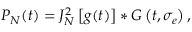
P _ { N } ( t ) = J _ { N } ^ { 2 } \left[ g ( t ) \right] * G \left( t , \sigma _ { e } \right) ,